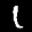
Label: 1